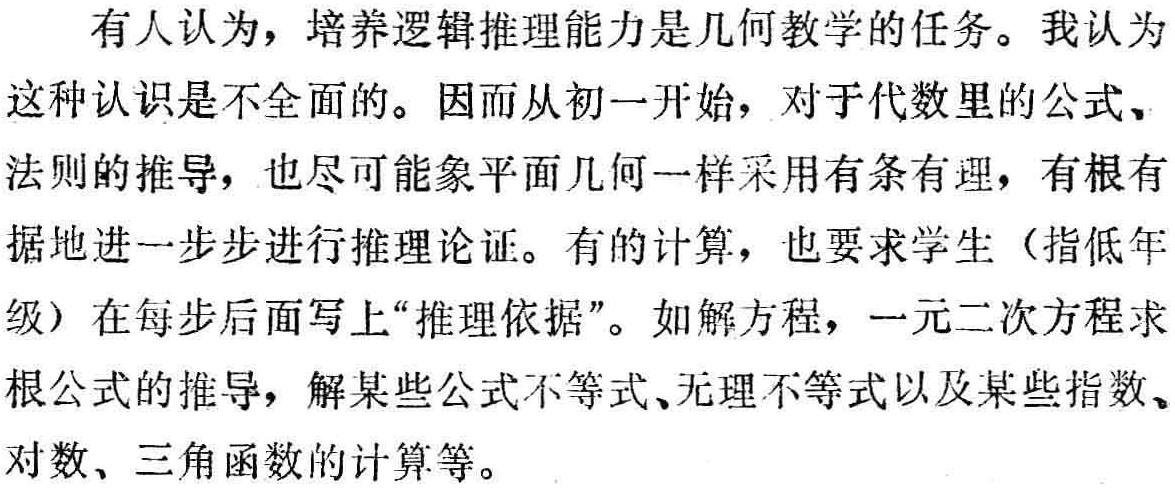
有人认为，培养逻辑推理能力是几何教学的任务。我认为这种认识是不全面的。因而从初一开始，对于代数里的公式、法则的推导，也尽可能象平面几何一样采用有条有理，有根有据地进一步步进行推理论证。有的计算，也要求学生（指低年级）在每步后面写上“推理依据”。如解方程，一元二次方程求根公式的推导，解某些公式不等式、无理不等式以及某些指数、对数、三角函数的计算等。